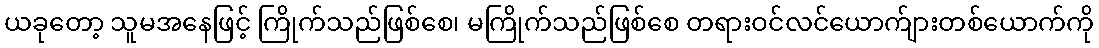
ယခုတော့ သူမအနေဖြင့် ကြိုက်သည်ဖြစ်စေ၊ မကြိုက်သည်ဖြစ်စေ တရားဝင်လင်ယောက်ျားတစ်ယောက်ကို